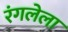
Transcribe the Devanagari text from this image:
रंगलेला